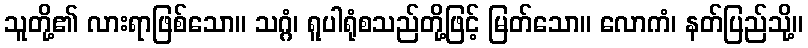
သူတို့၏ လားရာဖြစ်သော။ သဂ္ဂံ၊ ရူပါရုံစသည်တို့ဖြင့် မြတ်သော။ လောကံ၊ နတ်ပြည်သို့။